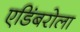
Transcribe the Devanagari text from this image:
एडिंबरोला